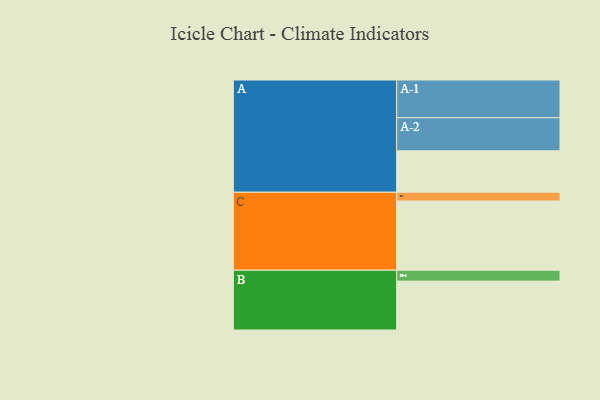
{"axis": {"x": "Segment", "y": "Value"}, "legend": ["", "A", "B", "C"], "data": [{"x": "A", "y": 312, "type": ""}, {"x": "B", "y": 368, "type": ""}, {"x": "C", "y": 521, "type": ""}, {"x": "A-1", "y": 284, "type": "A"}, {"x": "A-2", "y": 249, "type": "A"}, {"x": "B-1", "y": 82, "type": "B"}, {"x": "C-1", "y": 66, "type": "C"}]}